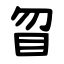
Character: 䀜